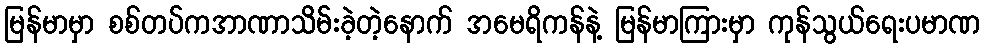
မြန်မာမှာ စစ်တပ်ကအာဏာသိမ်းခဲ့တဲ့နောက် အမေရိကန်နဲ့ မြန်မာကြားမှာ ကုန်သွယ်ရေးပမာဏ